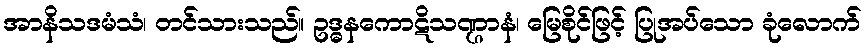
အာနိသဒမံသံ၊ တင်သားသည်။ ဥဒ္ဓနကောဋိသဏ္ဌာနံ၊ မြေစိုင်ဖြင့် ပြုအပ်သော ခုံလောက်